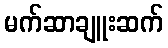
မက်ဆာချူးဆက်